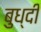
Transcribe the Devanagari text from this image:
बुध्‍दी